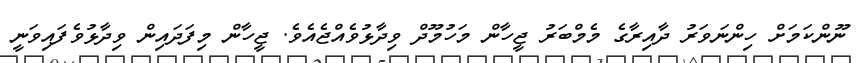
ނޫންކަމަށް ހިންނަވަރު ދާއިރާގެ މެމްބަރު ޖީހާން މަހުމޫދް ވިދާޅުވެއްޖެއެވެ. ޖީހާން މިފަދައިން ވިދާޅުވެފައިވަނީ